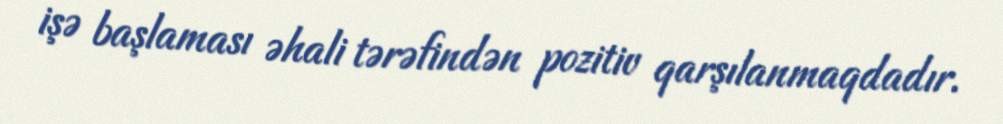
işə başlaması əhali tərəfindən pozitiv qarşılanmaqdadır.